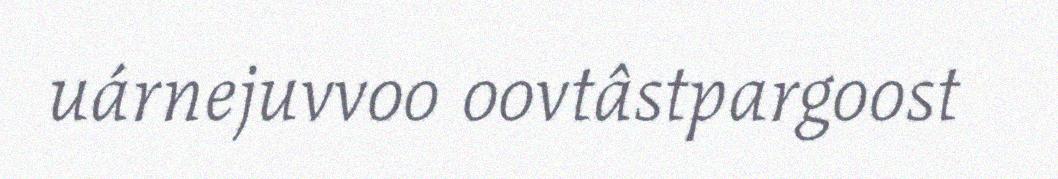
uárnejuvvoo oovtâstpargoost